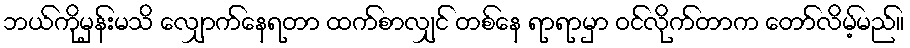
ဘယ်ကိုမှန်းမသိ လျှောက်နေရတာ ထက်စာလျှင် တစ်နေ ရာရာမှာ ဝင်လိုက်တာက တော်လိမ့်မည်။